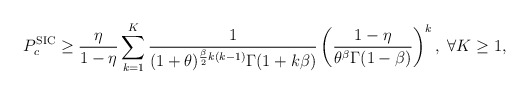
\begin{align*}P^{\textnormal{SIC}}_c\geq \frac{\eta}{1-\eta}\sum_{k=1}^K \frac{1}{(1+\theta)^{\frac{\beta}{2}k(k-1)}\Gamma(1+k\beta)}\left(\frac{1-\eta}{\theta^\beta\Gamma(1-\beta)}\right)^k,\; \forall K\geq 1,\end{align*}